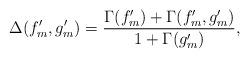
LaTeX: \begin{align*}\Delta(f_m',g_m')=\frac{\Gamma(f_m')+\Gamma(f'_m,g'_m)}{1+\Gamma(g'_m)},\end{align*}